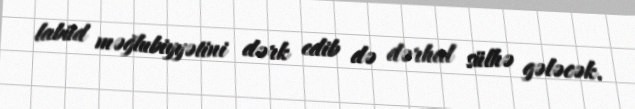
labüd məğlubiyyətini dərk edib də dərhal sülhə gələcək.